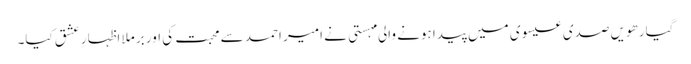
گیارھویں صدی عیسوی میں پیدا ہونے والی مہستی نے امیر احمد سے محبت کی اور برملا اظہارِ عشق کیا۔